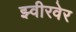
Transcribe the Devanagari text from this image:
झ्वीरवेर